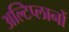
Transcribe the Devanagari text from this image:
अल्टिप्लानों